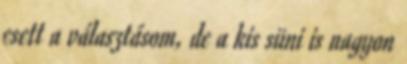
esett a választásom, de a kis süni is nagyon